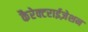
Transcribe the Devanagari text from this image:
कैरेक्टराईज़ेशन